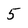
Character: 5